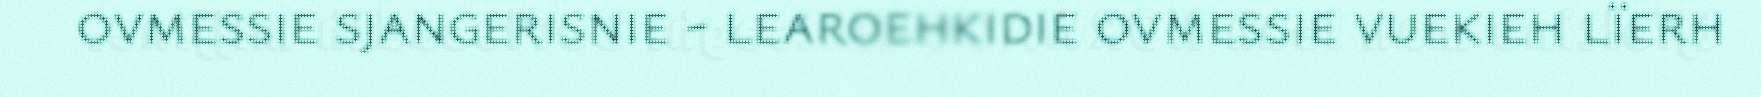
ovmessie sjangerisnie - learoehkidie ovmessie vuekieh lïerh